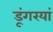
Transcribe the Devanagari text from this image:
डूंगरयां